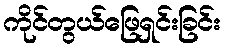
ကိုင်တွယ်ဖြေရှင်းခြင်း